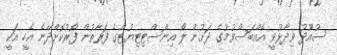
ސުއޫދު ވިދާޅުވީ އެއްބަސްވުމުގެ ދަށުން ލޯ އިންސްޓިޓިޔުޓްގެ ފަރާތުން ފޯރުކޮށްދޭނެ އެހީ އަކީ